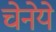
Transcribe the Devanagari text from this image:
चेनेये